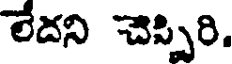
లేదని చెప్పిరి.